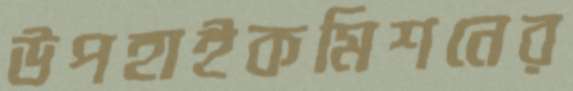
উপহাইকমিশনের